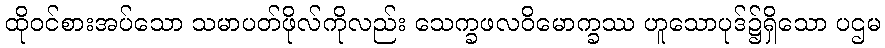
ထိုဝင်စားအပ်သော သမာပတ်ဖိုလ်ကိုလည်း သေက္ခဖလဝိမောက္ခဿ ဟူသောပုဒ်၌ရှိသော ပဌမ